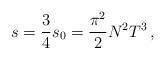
LaTeX: \begin{align*} s = \frac34 s_0 = \frac{\pi^2}2 N^2 T^3\,,\end{align*}